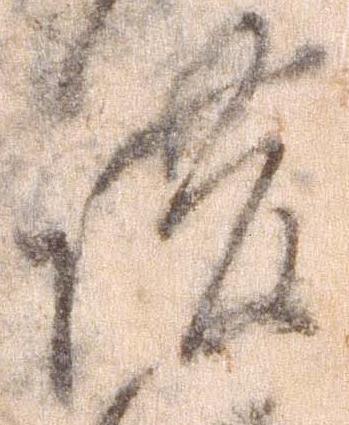
護